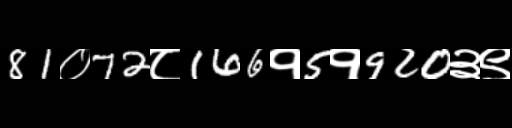
Text: 81०72८166१5१920३९